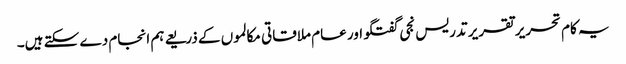
یہ کام تحریر تقریر تدریس نجی گفتگو اور عام ملاقاتی مکالموں کے ذریعے ہم انجام دے سکتے ہیں۔